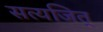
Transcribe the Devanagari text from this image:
सत्यजित्